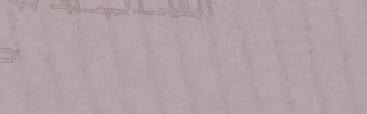
حلويات الزهر فندق   تشكيل